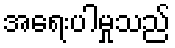
အရေးပါမှုသည်